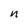
Character: n